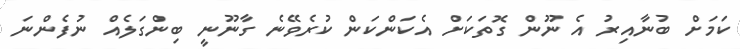
ކަމަށް ބުނާއިރު އެ ނޫން ގޮތަކަށް އެކަންކަން ކުރެވޭނެ ގާނޫނީ ބިންގަލެއް ނުފެންނަ